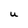
Character: U